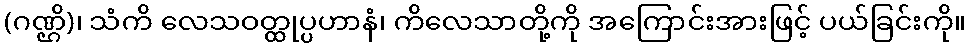
(ဂဏ္ဌိ)၊ သံကိ လေသဝတ္ထုပ္ပဟာနံ၊ ကိလေသာတို့ကို အကြောင်းအားဖြင့် ပယ်ခြင်းကို။